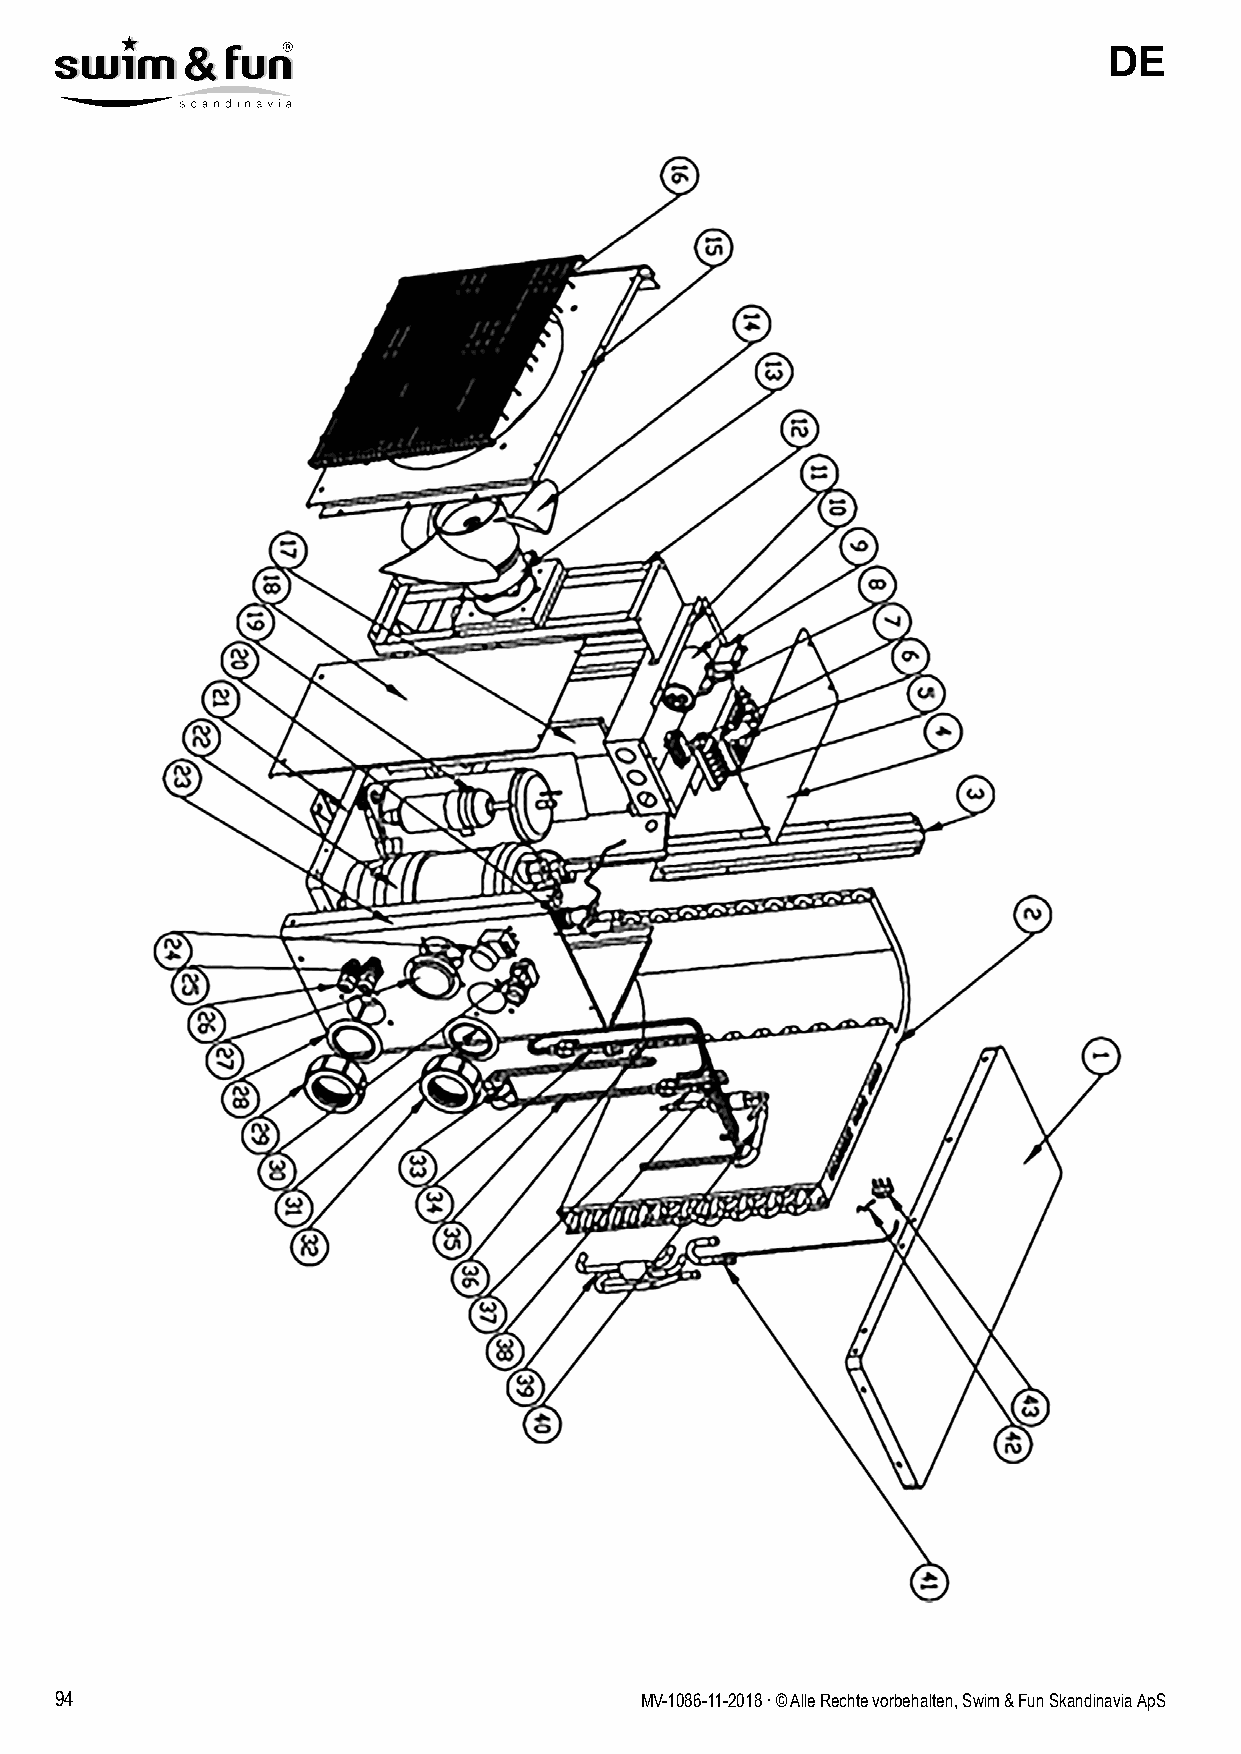
DE
 94                                    MV-1086-11-2018 . © Alle Rechte vorbehalten, Swim & Fun Skandinavia ApS